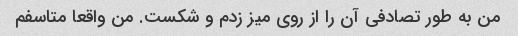
من به طور تصادفی آن را از روی میز زدم و شکست. من واقعا متاسفم